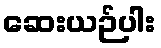
ဆေးယဉ်ပါး